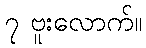
၇ ဗူးလောက်။